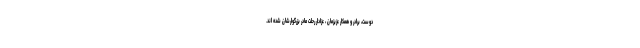
دوست، برادر و همکار عزیزمان ، عزادار رحلت مادر بزرگوارشان شده اند.